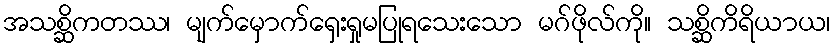
အသစ္ဆိကတဿ၊ မျက်မှောက်ရှေးရှုမပြုရသေးသော မဂ်ဖိုလ်ကို။ သစ္ဆိကိရိယာယ၊